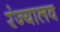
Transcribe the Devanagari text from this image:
रंज्यालव